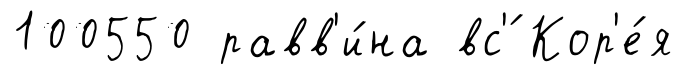
100550 равв'и́на вс'́ Кор'е́я